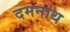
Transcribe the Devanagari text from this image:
दमनाथ